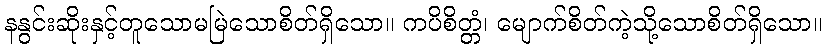
နနွင်းဆိုးနှင့်တူသောမမြဲသောစိတ်ရှိသော။ ကပိစိတ္တံ၊ မျောက်စိတ်ကဲ့သို့သောစိတ်ရှိသော။